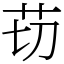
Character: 苆